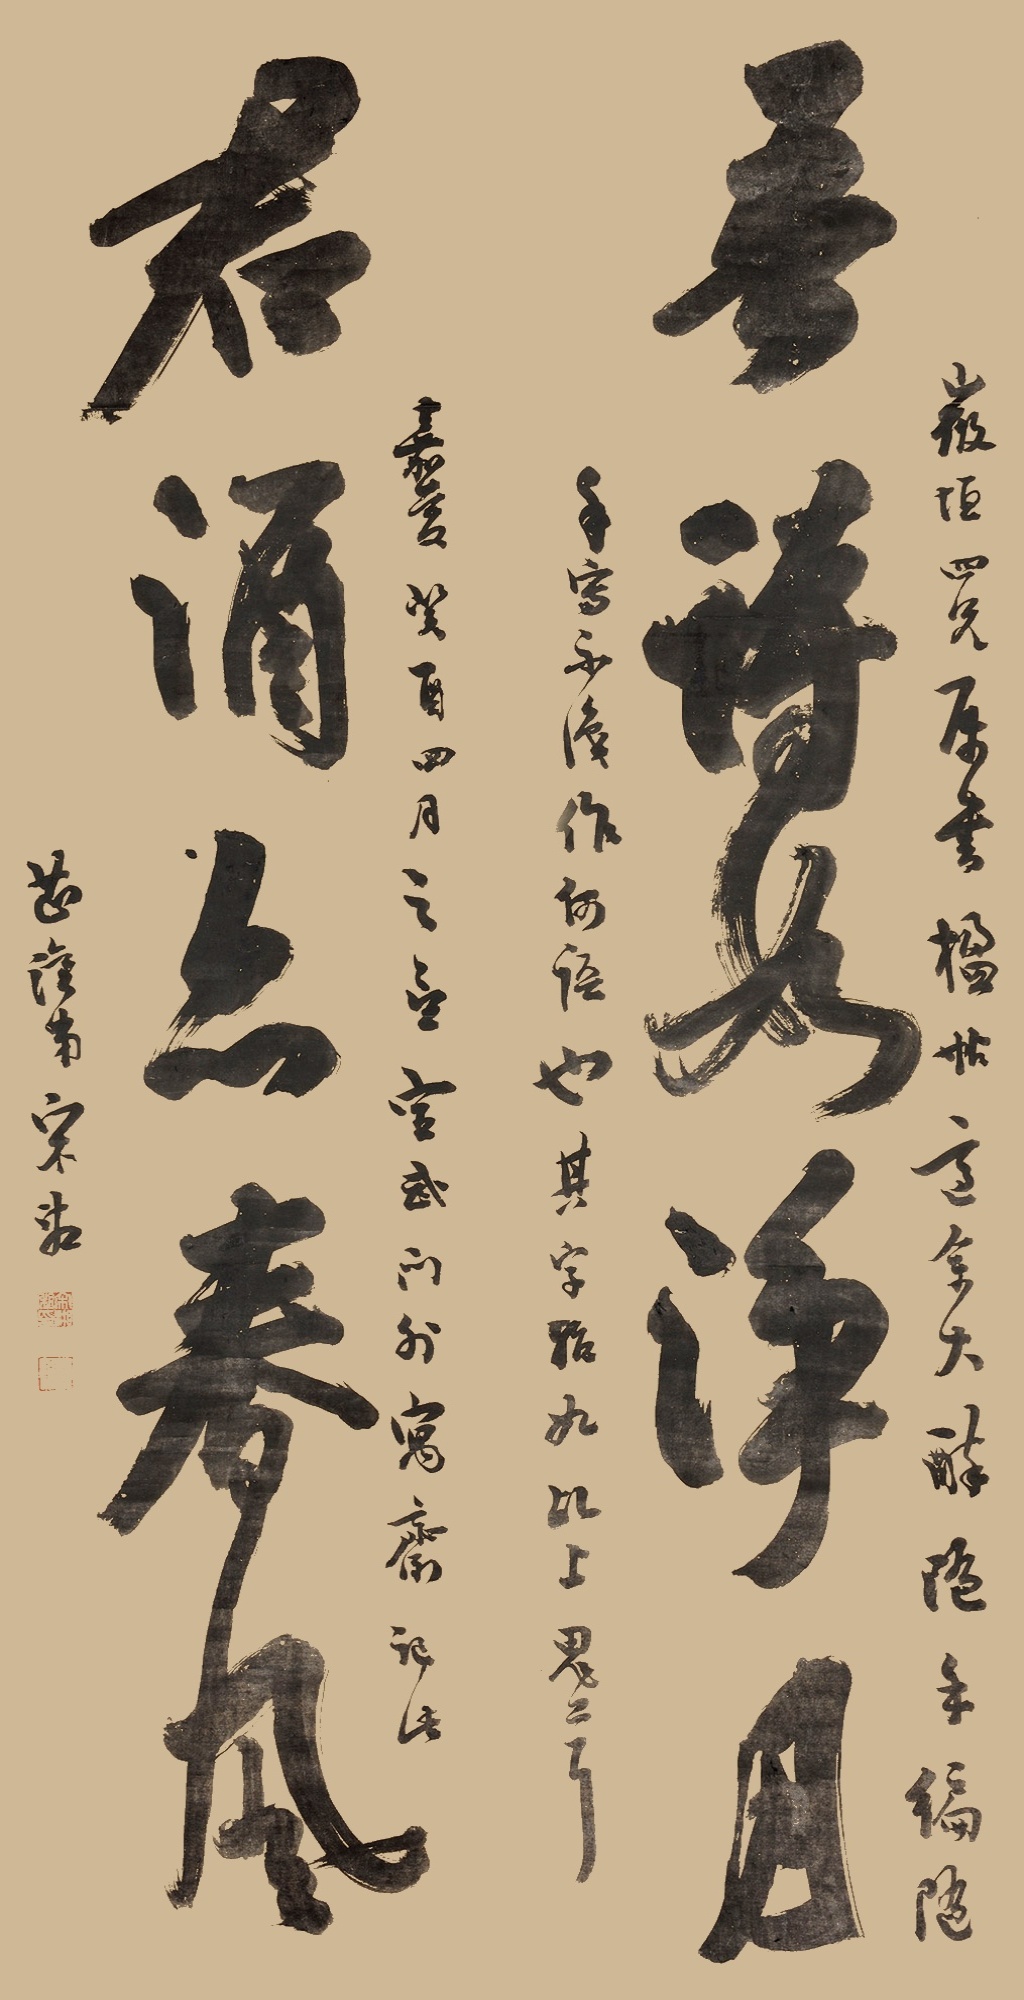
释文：吾诗如净月，君酒亦春风。微垣四兄属书楹帖，适余大醉，随手编随手写，不识作何语也。其字骀如乩上鬼工耳。嘉庆癸酉四月之望，宣武门外寓斋记此。芷湾弟宋湘。